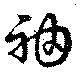
袖